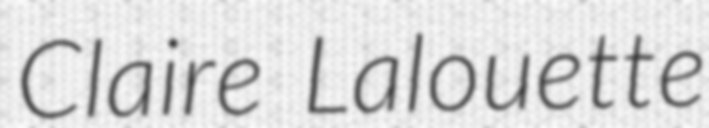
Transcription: Claire Lalouette